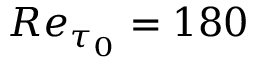
R e _ { \tau _ { 0 } } = 1 8 0